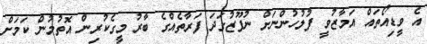
އެ ވީޑިއޯތައް އަމާޒުވީ ފުލުހުންނަށް ނުފޫޒުގަދަ ފަރާތެއްގެ ބާރު މީގެކުރިން އޮތުމުން ކަމަށް